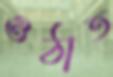
ওঠাত